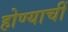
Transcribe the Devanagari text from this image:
होण्याचीं